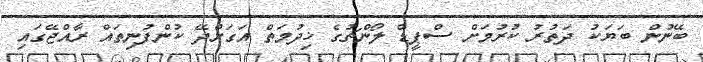
ބޭނުން ބަޔަކު ދަތުރު ކުރުމަށް ސްޕީޑް ލޯންޗުގެ ޚިދުމަތް އަގަށްދޭ ކުންފުނިތައް ރާއްޖޭގައި